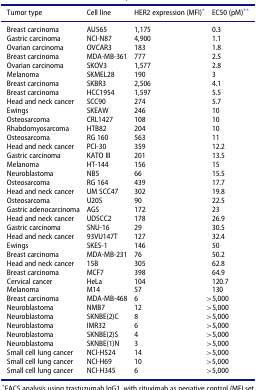
<table><thead><tr><td><b>Tumor type</b></td><td><b>Cell line</b></td><td><b>HER2 expression (MFI)<sup>*</sup></b></td><td><b>EC50 (pM)<sup>**</sup></b></td></tr></thead><tbody><tr><td>Breast carcinoma</td><td>AU565</td><td>1,175</td><td>0.3</td></tr><tr><td>Gastric carcinoma</td><td>NCI-N87</td><td>4,900</td><td>1.1</td></tr><tr><td>Ovarian carcinoma</td><td>OVCAR3</td><td>183</td><td>1.8</td></tr><tr><td>Breast carcinoma</td><td>MDA-MB-361</td><td>777</td><td>2.5</td></tr><tr><td>Ovarian carcinoma</td><td>SKOV3</td><td>1,577</td><td>2.8</td></tr><tr><td>Melanoma</td><td>SKMEL28</td><td>190</td><td>3</td></tr><tr><td>Breast carcinoma</td><td>SKBR3</td><td>2,506</td><td>4.1</td></tr><tr><td>Breast carcinoma</td><td>HCC1954</td><td>1,597</td><td>5.5</td></tr><tr><td>Head and neck cancer</td><td>SCC90</td><td>274</td><td>5.7</td></tr><tr><td>Ewings</td><td>SKEAW</td><td>246</td><td>10</td></tr><tr><td>Osteosarcoma</td><td>CRL1427</td><td>108</td><td>10</td></tr><tr><td>Rhabdomyosarcoma</td><td>HTB82</td><td>204</td><td>10</td></tr><tr><td>Osteosarcoma</td><td>RG 160</td><td>563</td><td>11</td></tr><tr><td>Head and neck cancer</td><td>PCI-30</td><td>359</td><td>12.2</td></tr><tr><td>Gastric carcinoma</td><td>KATO III</td><td>201</td><td>13.5</td></tr><tr><td>Melanoma</td><td>HT-144</td><td>156</td><td>15</td></tr><tr><td>Neuroblastoma</td><td>NB5</td><td>66</td><td>15.5</td></tr><tr><td>Osteosarcoma</td><td>RG 164</td><td>439</td><td>17.7</td></tr><tr><td>Head and neck cancer</td><td>UM SCC47</td><td>302</td><td>19.8</td></tr><tr><td>Osteosarcoma</td><td>U20S</td><td>90</td><td>22.5</td></tr><tr><td>Gastric adenocarcinoma</td><td>AGS</td><td>172</td><td>23</td></tr><tr><td>Head and neck cancer</td><td>UDSCC2</td><td>178</td><td>26.9</td></tr><tr><td>Gastric carcinoma</td><td>SNU-16</td><td>29</td><td>30.5</td></tr><tr><td>Head and neck cancer</td><td>93VU147T</td><td>127</td><td>32.4</td></tr><tr><td>Ewings</td><td>SKES-1</td><td>146</td><td>50</td></tr><tr><td>Breast carcinoma</td><td>MDA-MB-231</td><td>76</td><td>50.2</td></tr><tr><td>Head and neck cancer</td><td>15B</td><td>305</td><td>62.8</td></tr><tr><td>Breast carcinoma</td><td>MCF7</td><td>398</td><td>64.9</td></tr><tr><td>Cervical cancer</td><td>HeLa</td><td>104</td><td>120.7</td></tr><tr><td>Melanoma</td><td>M14</td><td>57</td><td>130</td></tr><tr><td>Breast carcinoma</td><td>MDA-MB-468</td><td>6</td><td>&gt;5,000</td></tr><tr><td>Neuroblastoma</td><td>NMB7</td><td>12</td><td>&gt;5,000</td></tr><tr><td>Neuroblastoma</td><td>SKNBE(2)C</td><td>8</td><td>&gt;5,000</td></tr><tr><td>Neuroblastoma</td><td>IMR32</td><td>6</td><td>&gt;5,000</td></tr><tr><td>Neuroblastoma</td><td>SKNBE(2)S</td><td>4</td><td>&gt;5,000</td></tr><tr><td>Neuroblastoma</td><td>SKNBE(1)N</td><td>3</td><td>&gt;5,000</td></tr><tr><td>Small cell lung cancer</td><td>NCI-H524</td><td>14</td><td>&gt;5,000</td></tr><tr><td>Small cell lung cancer</td><td>NCI-H69</td><td>10</td><td>&gt;5,000</td></tr><tr><td>Small cell lung cancer</td><td>NCI-H345</td><td>6</td><td>&gt;5,000</td></tr></tbody></table>